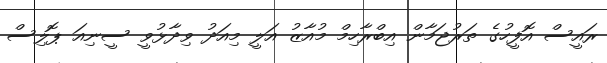
ރައީސް އޮފީހުގެ ތަރުޖަމާން އިބްރާހިމް މުއާޒު އަލީ މިއަދު ވިދާޅުވީ ސީނިއަ ޕޮލިސް